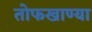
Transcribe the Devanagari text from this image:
तोफखाण्या